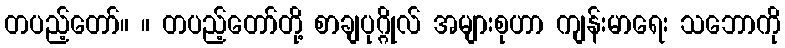
တပည့်တော်။ ။ တပည့်တော်တို့ စာချပုဂ္ဂိုလ် အများစုဟာ ကျန်းမာရေး သဘောကို